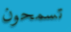
تسمحون